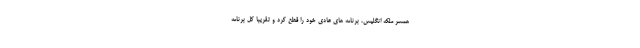
همسر ملکه انگلیس، برنامه های عادی خود را قطع کرد و تقریبا کل برنامه